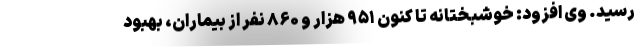
رسید. وی افزود: خوشبختانه تا کنون ۹۵۱ هزار و ۸۶۰ نفر از بیماران، بهبود